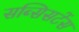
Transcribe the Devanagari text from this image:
सब्सिसटेंस